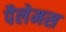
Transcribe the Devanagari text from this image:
पैलेमस